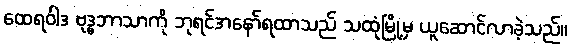
ထေရဝါဒ ဗုဒ္ဓဘာသာကို ဘုရင်အနော်ရထာသည် သထုံမြို့မှ ယူဆောင်လာခဲ့သည်။